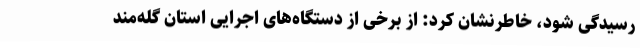
رسیدگی شود، خاطرنشان کرد: از برخی از دستگاه‌های اجرایی استان گله‌مند